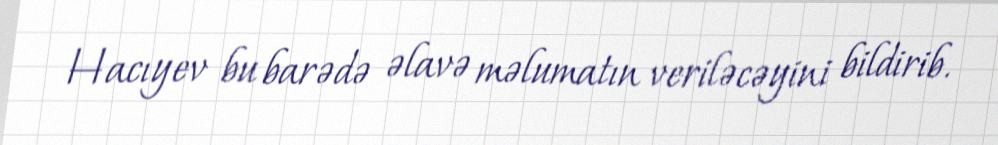
Hacıyev bu barədə əlavə məlumatın veriləcəyini bildirib.